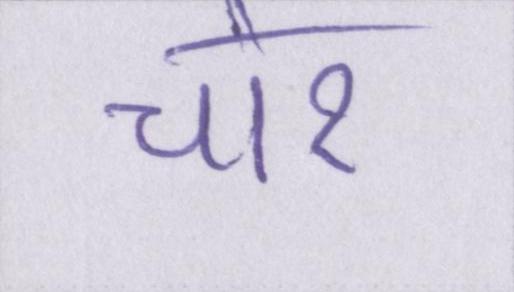
चोर